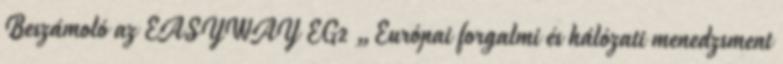
Beszámoló az EASYWAY EG2 „Európai forgalmi és hálózati menedzsment